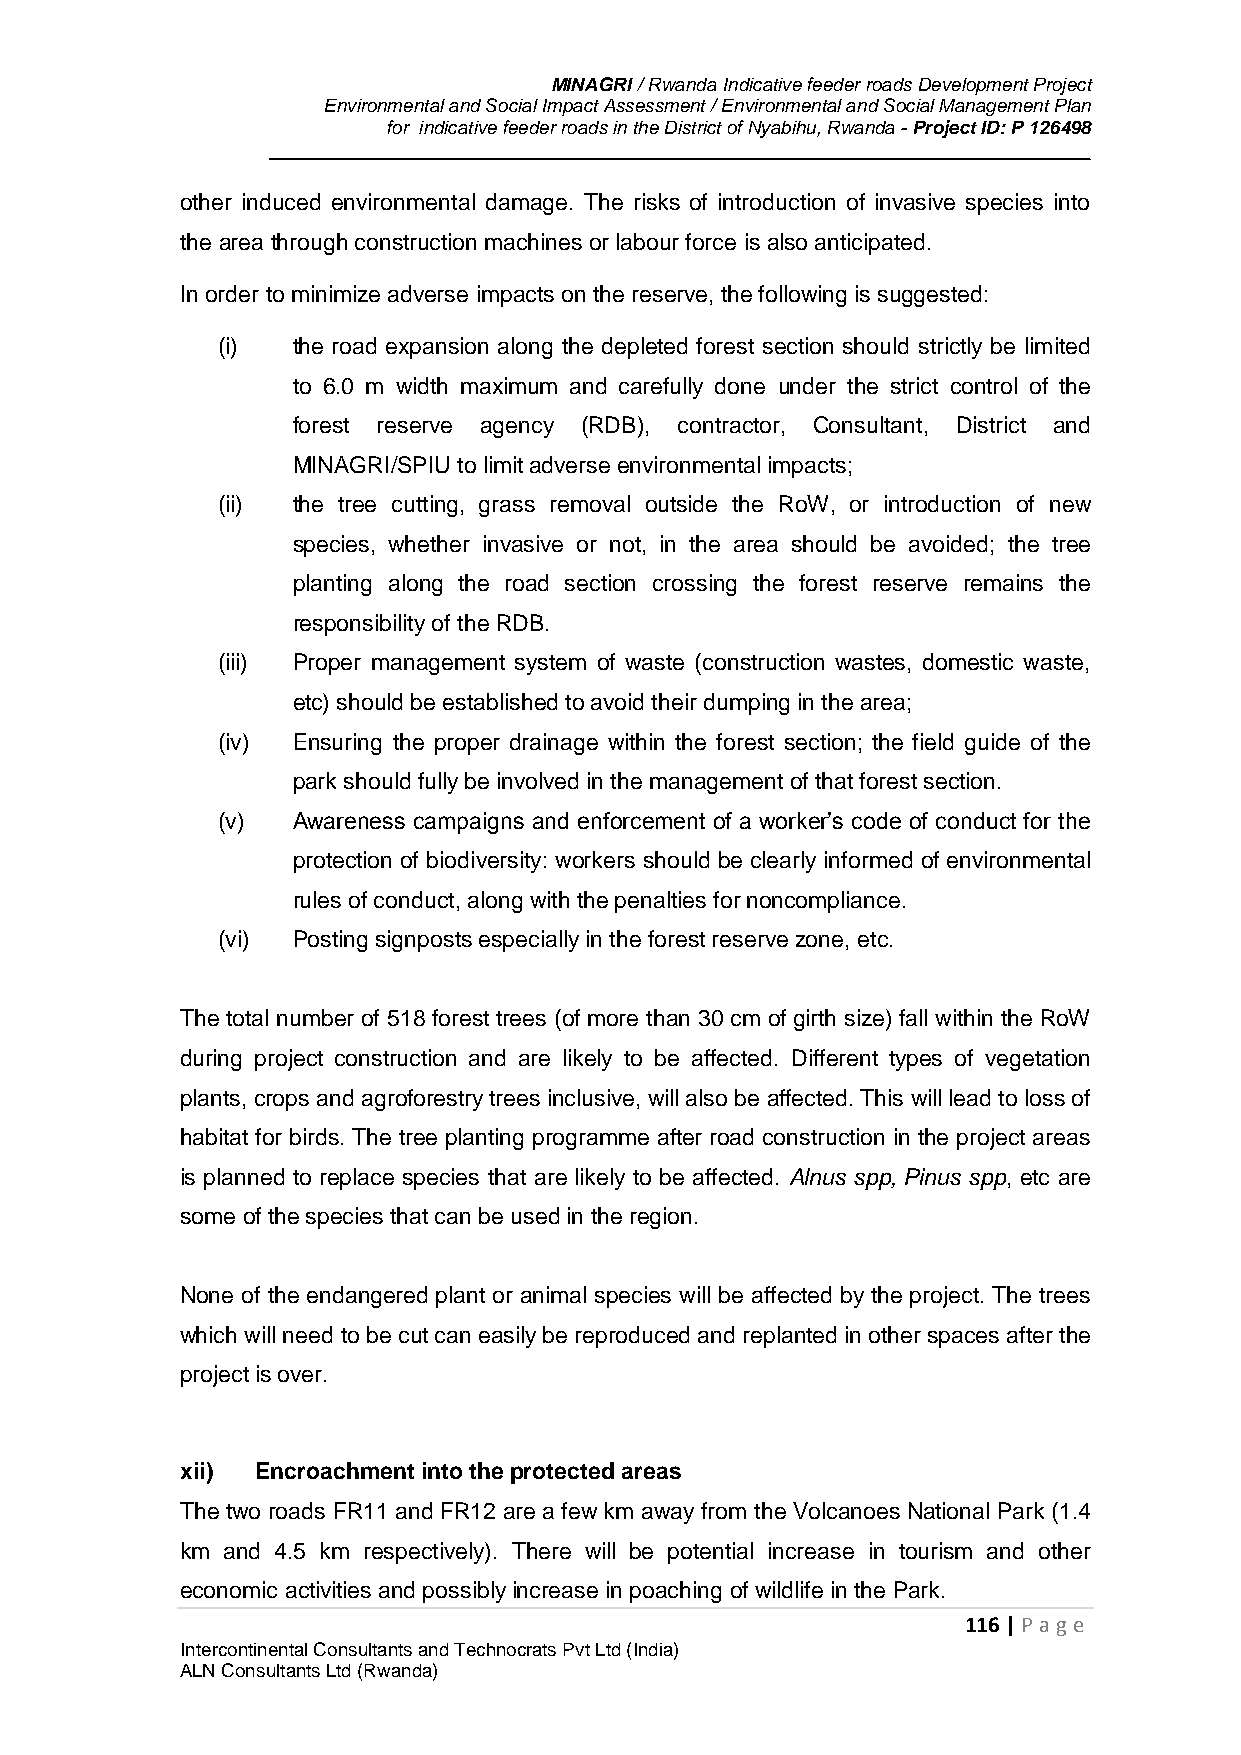
MINAGRI / Rwanda Indicative feeder roads Development Project
 Environmental and Social Impact Assessment / Environmental and Social Management Plan
 for indicative feeder roads in the District of Nyabihu, Rwanda - Project ID: P 126498
 other induced environmental damage. The risks of introduction of invasive species into
 the area through construction machines or labour force is also anticipated.
 In order to minimize adverse impacts on the reserve, the following is suggested:
 (i)  the road expansion along the depleted forest section should strictly be limited
 to 6.0 m width maximum and carefully done under the strict control of the
 forest reserve agency (RDB), contractor, Consultant, District and
 MINAGRI/SPIU to limit adverse environmental impacts;
 (ii) the tree cutting, grass removal outside the RoW, or introduction of new
 species, whether invasive or not, in the area should be avoided; the tree
 planting along the road section crossing the forest reserve remains the
 responsibility of the RDB.
 (iii) Proper management system of waste (construction wastes, domestic waste,
 etc) should be established to avoid their dumping in the area;
 (iv) Ensuring the proper drainage within the forest section; the field guide of the
 park should fully be involved in the management of that forest section.
 (v)  Awareness campaigns and enforcement of a worker’s code of conduct for the
 protection of biodiversity: workers should be clearly informed of environmental
 rules of conduct, along with the penalties for noncompliance.
 (vi) Posting signposts especially in the forest reserve zone, etc.
 The total number of 518 forest trees (of more than 30 cm of girth size) fall within the RoW
 during project construction and are likely to be affected. Different types of vegetation
 plants, crops and agroforestry trees inclusive, will also be affected. This will lead to loss of
 habitat for birds. The tree planting programme after road construction in the project areas
 is planned to replace species that are likely to be affected. Alnus spp, Pinus spp, etc are
 some of the species that can be used in the region.
 None of the endangered plant or animal species will be affected by the project. The trees
 which will need to be cut can easily be reproduced and replanted in other spaces after the
 project is over.
 xii) Encroachment into the protected areas
 The two roads FR11 and FR12 are a few km away from the Volcanoes National Park (1.4
 km and 4.5 km respectively). There will be potential increase in tourism and other
 economic activities and possibly increase in poaching of wildlife in the Park.
 116 | P age
 Intercontinental Consultants and Technocrats Pvt Ltd (India)
 ALN Consultants Ltd (Rwanda)